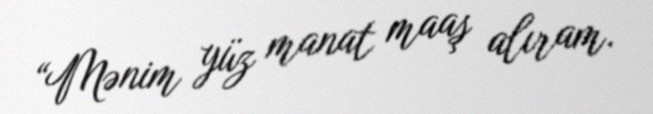
“Mənim yüz manat maaş alıram.